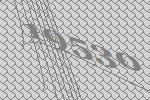
19530